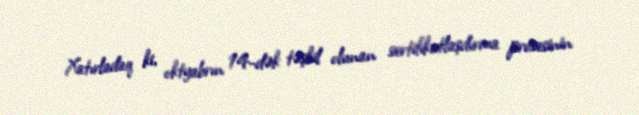
Xatırladaq ki, oktyabrın 14-dək təşkil olunan sertifikatlaşdırma prosesinin